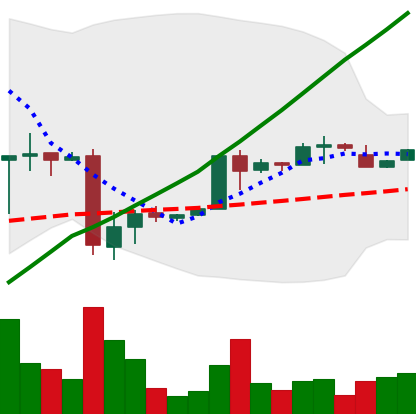
Ticker: BTC-USD
Chart end date: 2017-01-26
Forward return: 5.756%
Label: up_5_7